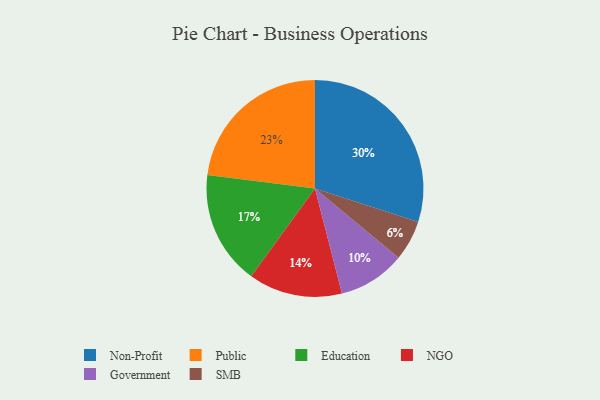
{"axis": {"x": "Category", "y": "Percentage"}, "legend": ["Education", "Government", "NGO", "Non-Profit", "Public", "SMB"], "data": [{"x": "Non-Profit", "y": 30, "type": "Non-Profit"}, {"x": "Government", "y": 10, "type": "Government"}, {"x": "Public", "y": 23, "type": "Public"}, {"x": "Education", "y": 17, "type": "Education"}, {"x": "NGO", "y": 14, "type": "NGO"}, {"x": "SMB", "y": 6, "type": "SMB"}]}